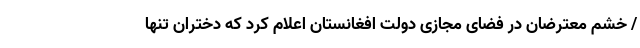
/ خشم معترضان در فضای مجازی دولت افغانستان اعلام کرد که دختران تنها